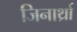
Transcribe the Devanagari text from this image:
जिनार्थ्रा